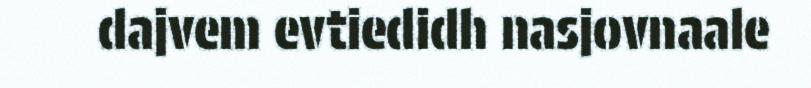
dajvem evtiedidh nasjovnaale